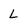
Character: L